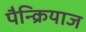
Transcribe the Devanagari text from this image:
पैन्क्रियाज